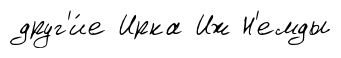
друг'и́е Ирка Иж Н'емды